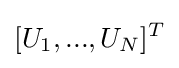
[U_{1},...,U_{N}]^{T}